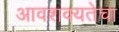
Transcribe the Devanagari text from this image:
आवशक्यतेचा